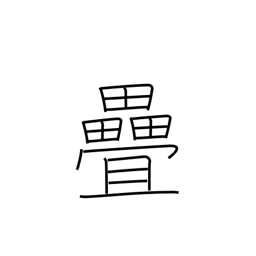
Meaning: tatami